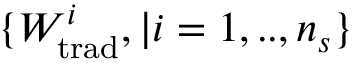
\{ W _ { \mathrm { t r a d } } ^ { i } , | i = 1 , . . , n _ { s } \}